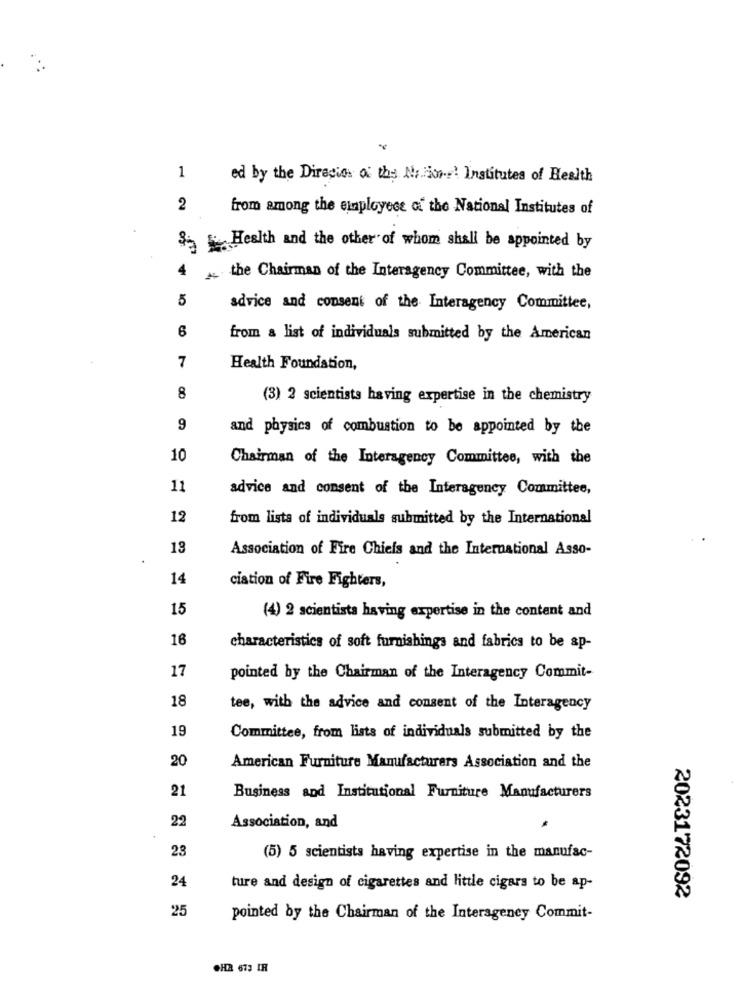
1
ed by the Direction of the Mirror Institutes of Health
2
from among the einployece of the National Institutes of
$- Health and the other of whom shall be appointed by
the Chairman of the Interagency Committee, with the
5
advice and consent of the Interagency Committee,
6
from a list of individuals submitted by the American
7
Health Foundation,
8
(3) 3 scientists having expertise in the chemistry
9
and physics of combustion to be appointed by the
10
Chairman of the Interagency Committee, with the
11
advice and consent of the Interagency Committee,
12
from lista of individuals submitted by the International
13
Association of Fire Chiefs and the International Asso-
14
ciation of Fire Fighters,
15
(4) 2 scientista having expertise in the content and
16
characteristics of soft furnishings and fabrics to be ap-
17
pointed by the Chairman of the Interagency Commit-
18
tee, with the advice and consent of the Interagency
19
Committee, from lists of individuals submitted by the
20
American Furniture Manufacturers Association and the
21
Business and Institutional Furniture Manufacturers
22
Association, and
23
(5) 5 scientists having expertise in the manufac-
24
ture and design of cigarettes and little cigars to be ap-
2023172092
25
pointed by the Chairman of the Interagency Commit-
.HA 673 IR